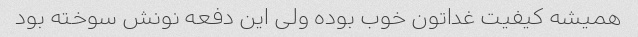
همیشه کیفیت غداتون خوب بوده ولی این دفعه نونش سوخته بود